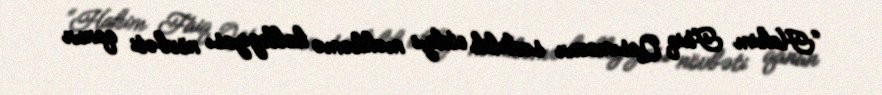
“Hakim Faiq Qasımovun sədrlik etdiyi məhkəmə kollegiyası növbəti qanun